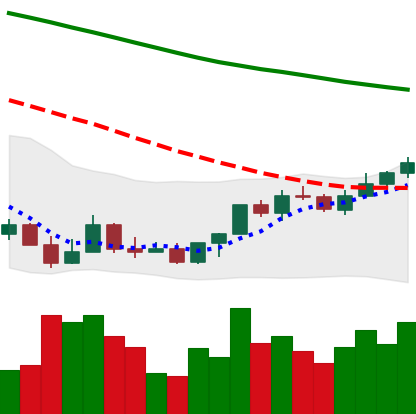
Ticker: LINK-USD
Chart end date: 2022-03-24
Forward return: 4.956%
Label: up_3_5